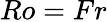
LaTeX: Ro=Fr